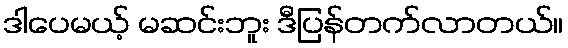
ဒါပေမယ့် မဆင်းဘူး ဒီပြန်တက်လာတယ်။